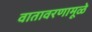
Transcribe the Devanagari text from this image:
वातावरणामूळे